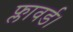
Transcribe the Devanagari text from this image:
फ्लावर्ड।